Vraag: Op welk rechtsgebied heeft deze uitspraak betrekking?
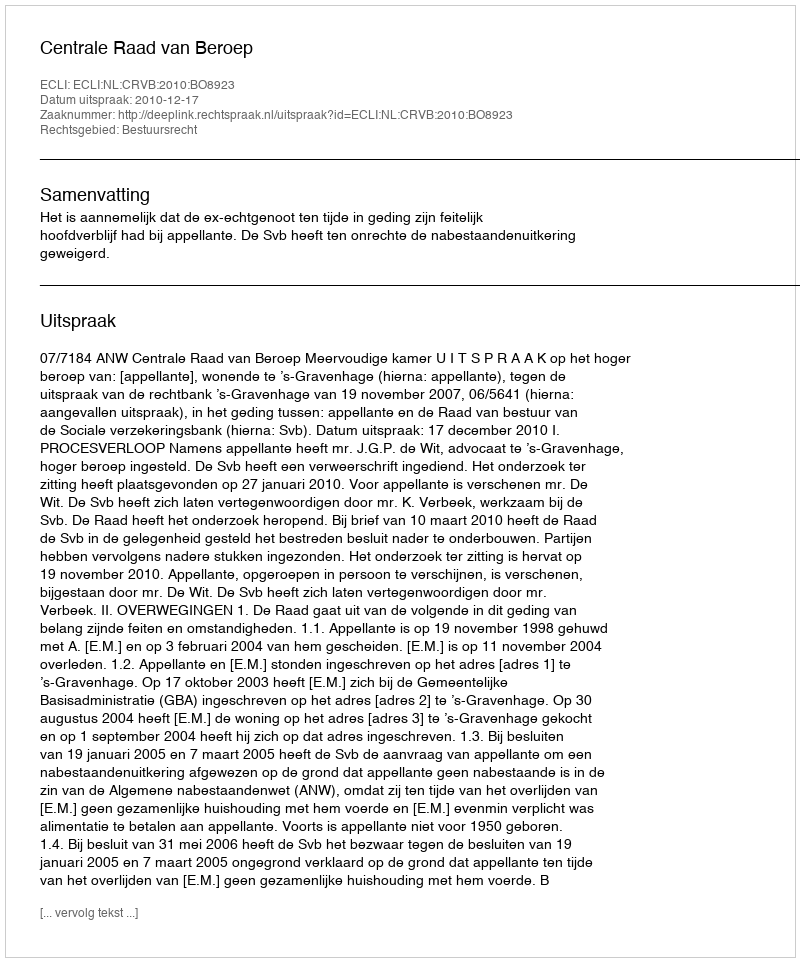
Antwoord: Bestuursrecht